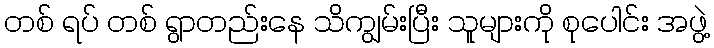
တစ် ရပ် တစ် ရွာတည်းနေ သိကျွမ်းပြီး သူများကို စုပေါင်း အဖွဲ့